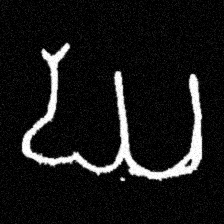
Pyu character \u2014 Myanmar letter: ဃ (romanized: gha)